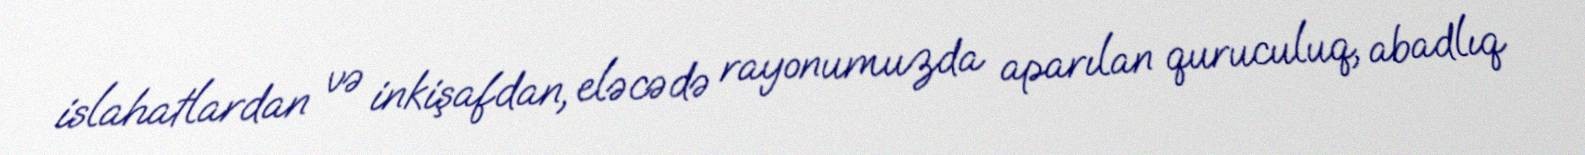
islahatlardan və inkişafdan, eləcədə rayonumuzda aparılan quruculuq, abadlıq